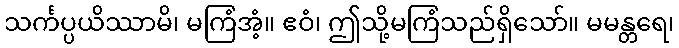
သင်္ကပ္ပယိဿာမိ၊ မကြံအံ့။ ဧဝံ၊ ဤသို့မကြံသည်ရှိသော်။ မမန္တရေ၊